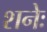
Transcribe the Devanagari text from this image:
शनेः